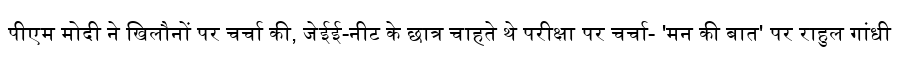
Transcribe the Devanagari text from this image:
पीएम मोदी ने खिलौनों पर चर्चा की, जेईई-नीट के छात्र चाहते थे परीक्षा पर चर्चा- 'मन की बात' पर राहुल गांधी